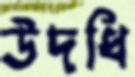
উদধি